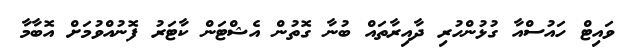
ވައިޓް ހައުސްއާ ގުޅުންހުރި ދާއިރާތައް ބުނާ ގޮތުން އެޝްޓަން ކާޓަރު ފޮނުއްވުމަށް އޮބާމާ